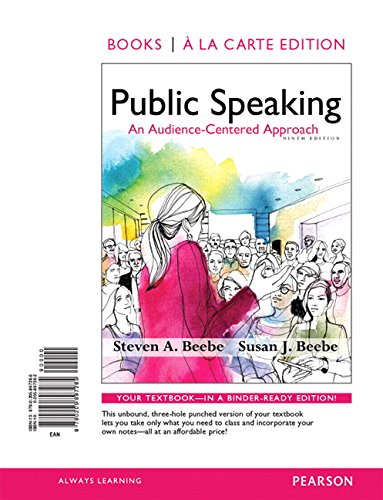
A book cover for Public Speaking: An Audience-Centered Approach, Books a la Carte Edition & REVEL -- Access Card -- for Public Speaking: An Audience-Centered Approach Package; Steven A. Beebe; Reference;